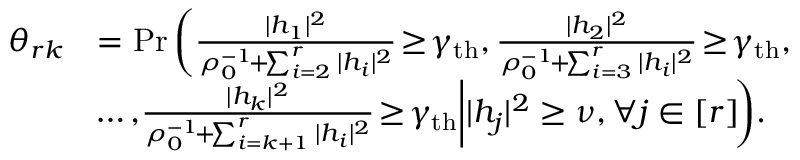
\begin{array} { r l } { \theta _ { r k } } & { = \mathrm { P r } \left( { \frac { | h _ { 1 } | ^ { 2 } } { \rho _ { 0 } ^ { - 1 } \! + \! \sum _ { i = 2 } ^ { r } | h _ { i } | ^ { 2 } } \! \geq \! \gamma _ { \mathrm { t h } } , \frac { | h _ { 2 } | ^ { 2 } } { \rho _ { 0 } ^ { - 1 } \! + \! \sum _ { i = 3 } ^ { r } | h _ { i } | ^ { 2 } } \! \geq \! \gamma _ { \mathrm { t h } } , } \right. } \\ & { \left. \! \ldots , \! { \frac { | h _ { k } | ^ { 2 } } { \rho _ { 0 } ^ { - 1 } \! + \! \sum _ { i = k + 1 } ^ { r } | h _ { i } | ^ { 2 } } \! \geq \! \gamma _ { \mathrm { t h } } \bigg | | h _ { j } | ^ { 2 } \geq \nu , \forall j \in [ r ] \! } \right) \! . } \end{array}